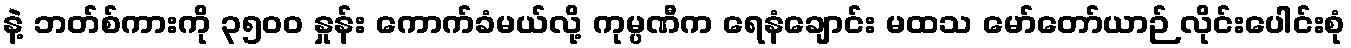
နဲ့ ဘတ်စ်ကားကို ၃၅၀၀ နှုန်း ကောက်ခံမယ်လို့ ကုမ္ပဏီက ရေနံချောင်း မထသ မော်တော်ယာဉ် လိုင်းပေါင်းစုံ